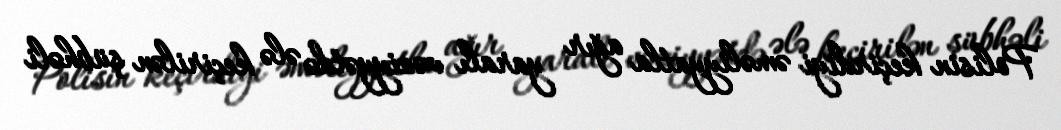
Polisin keçirdiyi əməliyyatla ağır yaralı vəziyyətdə ələ keçirilən şübhəli